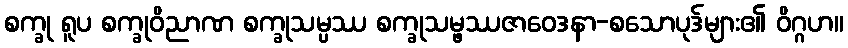
စက္ခု ရူပ စက္ခုဝိညာဏ စက္ခုသမ္ပဿ စက္ခုသမ္ဖဿဇာဝေဒနာ-စသောပုဒ်များ၏ ဝိဂ္ဂဟ။